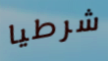
شرطيا